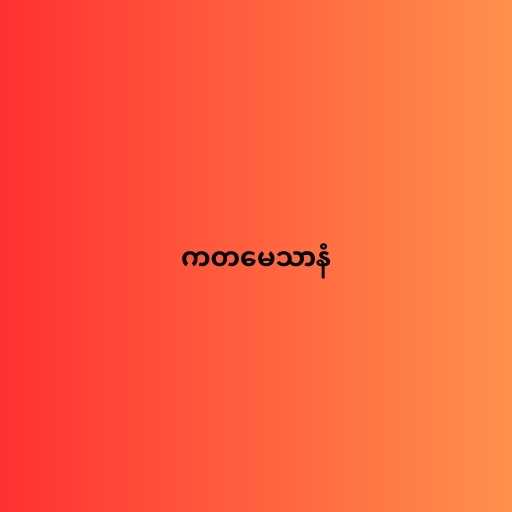
ကတမေသာနံ